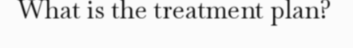
What is the treatment plan?